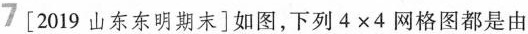
7 [2019 山东东明期末]如图，下列4×4网格图都是由